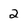
Character: 2